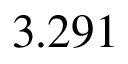
3 . 2 9 1